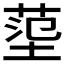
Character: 𡎊